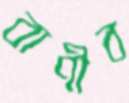
বাণীব